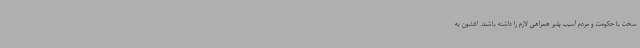
سخت با حکومت و مردم آسیب پذیر همراهی لازم را داشته باشند. افشون به